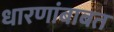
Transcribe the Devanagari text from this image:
धारणांबाबत